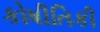
કોષીતિકી